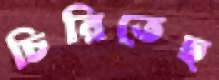
চিরিতেছ